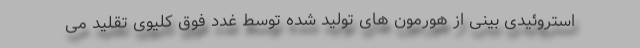
استروئیدی بینی از هورمون های تولید شده توسط غدد فوق کلیوی تقلید می